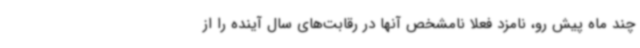
چند ماه پیش رو، نامزد فعلا نامشخص آنها در رقابت‌های سال آینده را از